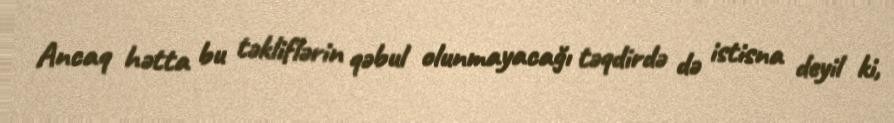
Ancaq hətta bu təkliflərin qəbul olunmayacağı təqdirdə də istisna deyil ki,